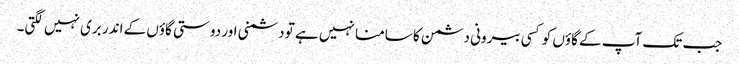
جب تک آپ کے گاؤں کو کسی بیرونی دشمن کا سامنا نہیں ہے تو دشمنی اور دوستی گاؤں کے اندر بری نہیں لگتی۔